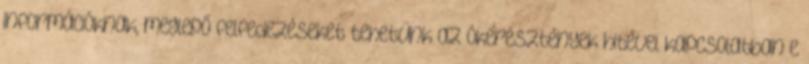
információknak, meglepő felfedezéseket tehetünk az ókeresztények hitével kapcsolatban e